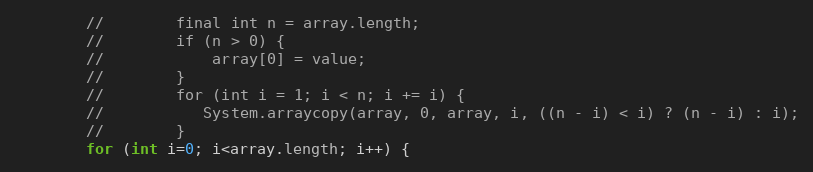
Language: Java
        //        final int n = array.length;
        //        if (n > 0) {
        //            array[0] = value;
        //        }
        //        for (int i = 1; i < n; i += i) {
        //           System.arraycopy(array, 0, array, i, ((n - i) < i) ? (n - i) : i);
        //        }
        for (int i=0; i<array.length; i++) {